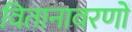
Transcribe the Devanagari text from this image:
वितानावरणों